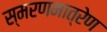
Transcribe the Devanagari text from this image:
स्मरणमात्रेण